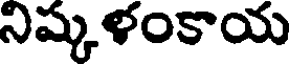
నిష్కళంకాయ